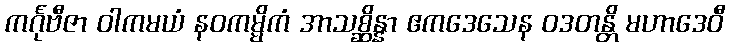
ကင်္ဂုဗီဇာ ဝါကမယံ နဝကမ္မိကံ အာသစ္ဆိန္နာ ဧကဒေသေန ဝဒတန္တိ မဟာဒေဝီ